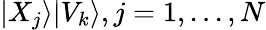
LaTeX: |X_{j}\rangle|V_{k}\rangle,j=1,...,N